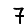
Digit: 7